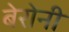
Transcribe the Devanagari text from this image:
बेरोनी